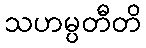
သဟမ္ပတီတိ